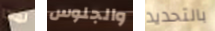
لماذا والجلوس بالتحديد